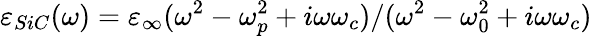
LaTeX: \varepsilon_{SiC}(\omega)=\varepsilon_{\infty}(\omega^{2}-\omega_{p}^{2}+i\omega\omega_{c})/(\omega^{2}-\omega_{0}^{2}+i\omega\omega_{c})